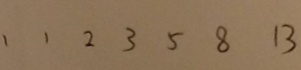
1 1 2 3 5 8 1 3